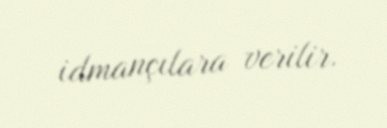
idmançılara verilir.